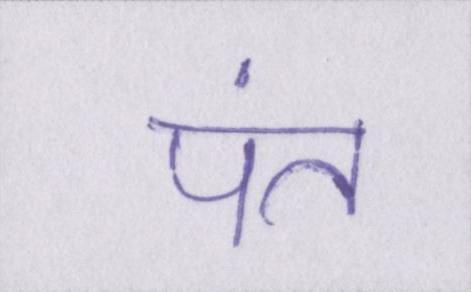
पंत